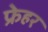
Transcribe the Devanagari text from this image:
फ्रेहर